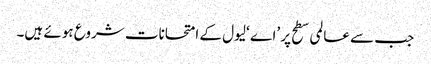
جب سے عالمی سطح پر ’اے ‘لیول کے امتحانات شروع ہوئے ہیں۔